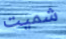
شميت